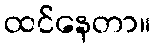
ထင်နေတာ။